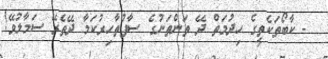
- ކާބޯތަކެތީގެ ހިދުމަތް ދޭ ތަންތަނުގެ ސާފުތާހިރުކަމާ ދޭތެރޭ ސަމާލުވޭ!